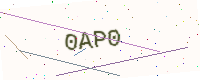
Text: 0AP0